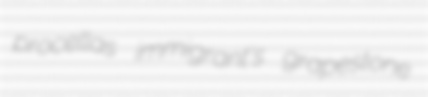
procellas immigrant's grapestone